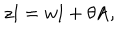
z \mathrm { I } = w \mathrm { I } + \theta \mathrm { A , }